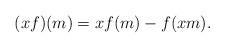
LaTeX: \begin{align*} (xf)(m)=x f(m)- f(xm).\end{align*}